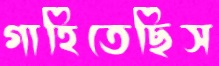
গাহিতেছিস